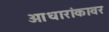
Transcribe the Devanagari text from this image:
आधारांकावर